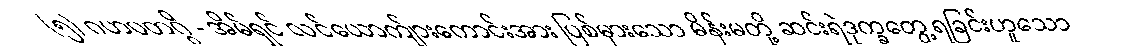
(၅) ဂဟပတဂ္ဂိ - အိမ်ရှင် လင်ယောက်ျားကောင်းအား ပြစ်မှားသော မိန်းမတို့ ဆင်းရဲဒုက္ခတွေ့ရခြင်းဟူသော